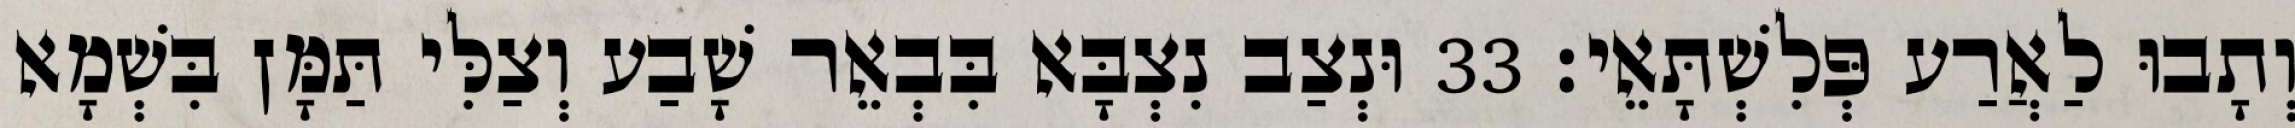
וְתָבוּ לַאֲרַע פְּלִשְׁתָּאֵי׃ 33 וּנְצַב נִצְבָּא בִּבְאֵר שָׁבַע וְצַלִּי תַּמָּן בִּשְׁמָא